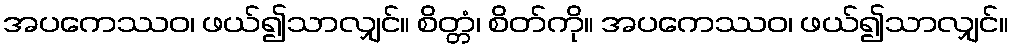
အပကေဿဝ၊ ဖယ်၍သာလျှင်။ စိတ္တံ၊ စိတ်ကို။ အပကေဿဝ၊ ဖယ်၍သာလျှင်။